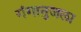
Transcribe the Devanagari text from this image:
गंगानुजला